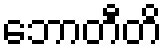
ဘောတီတိ